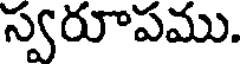
స్వరూపము.